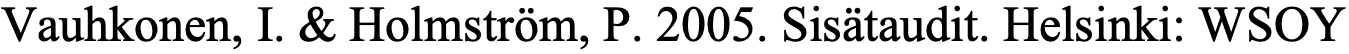
Vauhkonen, I. & Holmström, P. 2005. Sisätaudit. Helsinki: WSOY